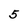
Character: 5